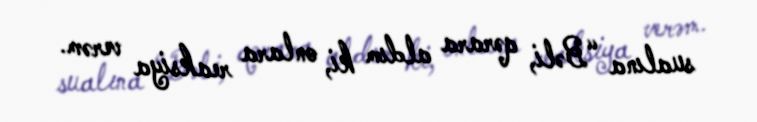
sualına “Bəli, qərara aldım ki, onlara reaksiya verəm.